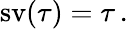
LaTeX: \operatorname{sv}(\tau)=\tau\, .